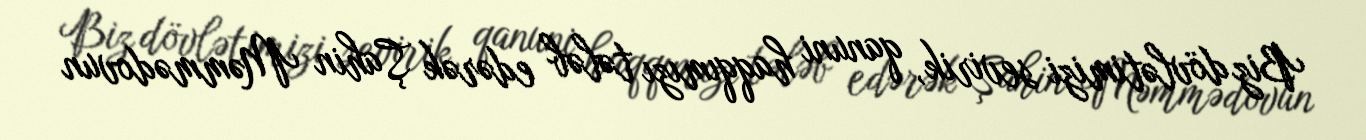
Biz dövlətimizi sevirik, qanuni haqqımızı tələb edərək Şahin Məmmədovun